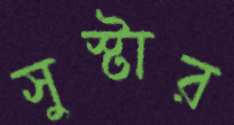
সুস্টার